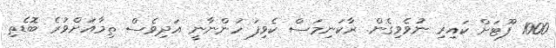
1000 ފޫޓަށް ކައިރި ނުވެވިގެން. ރާކަނިމަސް ކެވިފަ ހުންނާނީ އަދިވެސް ތިމާއަށްވުރެ ބޮޑެތި